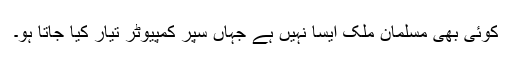
کوئی بھی مسلمان ملک ایسا نہیں ہے جہاں سپر کمپیوٹر تیار کیا جاتا ہو۔